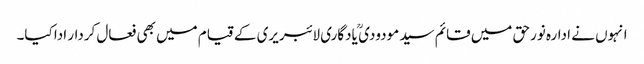
انہوں نے ادارہ نورحق میں قائم سید مودودی ؒ یادگاری لائبریری کے قیام میں بھی فعال کردار ادا کیا۔